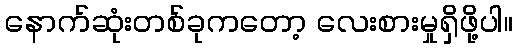
နောက်ဆုံးတစ်ခုကတော့ လေးစားမှုရှိဖို့ပါ။